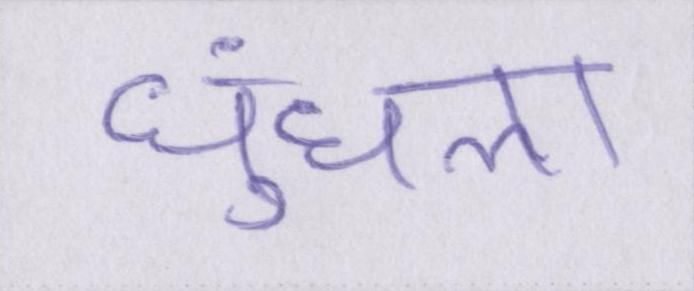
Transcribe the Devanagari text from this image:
धुंधला